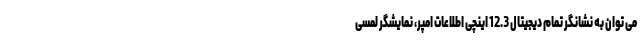
می توان به نشانگر تمام دیجیتال 12.3 اینچی اطلاعات امپر، نمایشگر لمسی